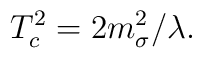
T^2_c=2 m^2_{\sigma }/\lambda .